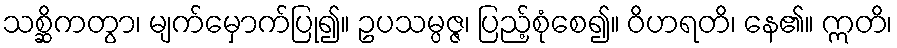
သစ္ဆိကတွာ၊ မျက်မှောက်ပြု၍။ ဥပသမ္ပဇ္ဇ၊ ပြည့်စုံစေ၍။ ဝိဟရတိ၊ နေ၏။ ဣတိ၊